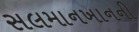
સલમાનખાનની